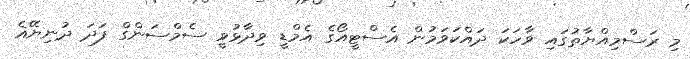
މި ރަސްމިއްޔާތުގައި ވާހަކަ ދައްކަވަމުން އެސްޓީއޯގެ އެމްޑީ ވިދާޅުވީ ސެމްސަންގް ފަދަ ދުނިޔޭޣެ